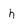
Character: h